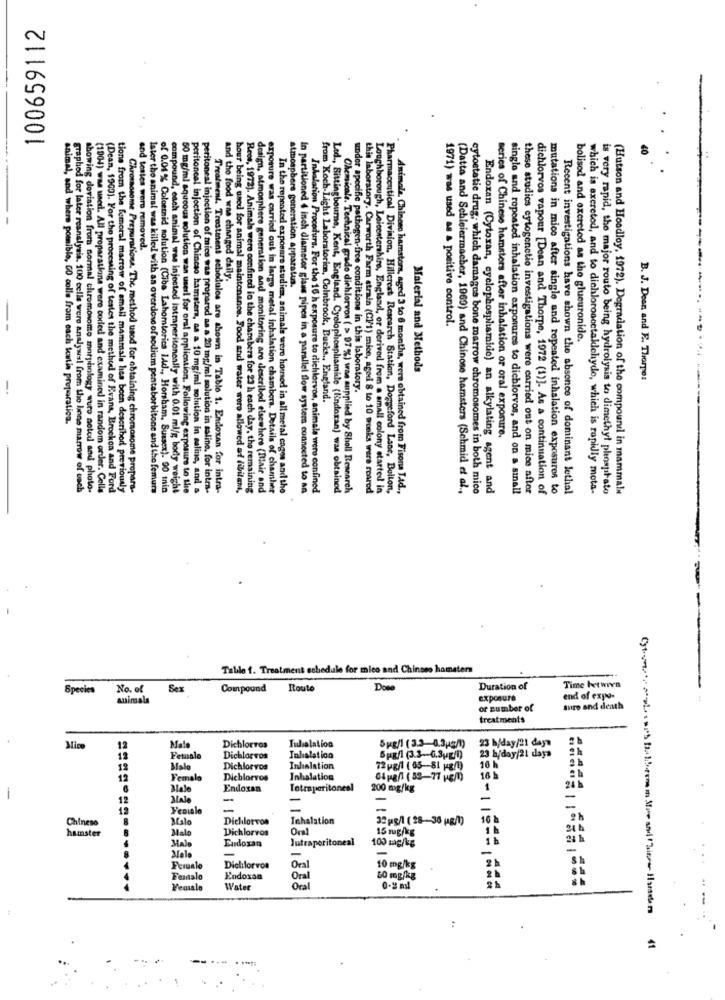
100659112
and testes were removed.
and the food wne changed daily.
atmosphere generation apparatur.
1971) was used as a positive control.
bolised and excreted as the glueuronide.
Material and Methods
B. J. Deen and E. Thorpe:
-
specific pathogen-free conditions in this laboratory.
from Koch-Light Laboratorime, Colnbrook, Bucks ., England.
animal, and where pommible, 00 colle from each totin properation.
series of Chinese hamsters after inhalation or oral exposure.
aphod for later reanalysis. 100 cells were analywal from the bone marrow of each
showing deviation from normal chromosome morphology wuro seted and photo-
(1004) was used. All proparatione were coded and examined in random order. Celle
(Dean, 1900). For the processing of testes the method of Evans, Brockon and Ford
tione from the femoral marrow of small mammala hes been described previously
Chromosome Preparations. The method used for obtaining chromosome propara-
later the animal was killed with an overdose of sodium pentaborbitone and the femur
of 0.04 % Coloemnid solution (Ciba Lahomtories l4d ., Horsham, Sussex). 90 inin
compound, each animal was injected intraperitoneally with 0.01 ml/g body weight
50 mg/ml aqueous solution wan user! for oral application. Following exposure to the
peritoneal injection of Chinese hamsters, as a 10 mg/ml solution in saline, and a
peritoneal injection of mice was proparod as a 20 mg/ml solution in saline, for intra-
Treatment. Trestment schedules are shown in Table 1. Endoxan for intra-
hour being used for animal maintenanos. Food and water woro allowed ad (ibilen,
Rece, 1972). Animals were confined in the chambers for 23 h each day, the remaining
design, atmosphere generation and monitoring are described elsewhere (Blair and
exposure was carried out in large metal inhalation chambers. Details of chamber
In the repeated exposure studien, animals were hoursod in all metal cages and the
In partitioned 4 inch diameter glass pipes in a parallel flow systems connected to an
Inhalation Procedurs. For the 16 h exposure to dichlorvos, animals were confined
Led ., Sittingbourne, Kent, England. Cyclophosphamide (lindoran) was obtained
Chemicals. Technical grado dichlorvos ( > 97 %) was supplied by Sholl Research
this laboratory. Carworth Farm strain (Cl/1) mice, aged 8 to 10 monks were reared
Loughborough, Leicestershire, England, or derived from a small colony started in
Pharmaceutical Division. Hillercat Research Station, Doggeford Lane, Bulion,
Animals, Chineeo hamstora, aged 3 to 6 months, were obtained from Fisona TAd .,
(Datta and Schleiermacher, 1969) and Chinose hamsters (Schmid et al .,
cytostatie drug, which damages bone marrow chromosomes in both mico
Endoxan (Cytoxan, cyclophosphamide) an alkylating agent and
single and ropeated inhalation exposures to dichlorvos, and on a sınall
these studios cytogenetio investigations were carried out on mice after
dichlorvos vapour [Dean and Thorpe, 1972 (1)]. As a continuation of
mutations in mico after single and repeated inhalation exposures to
Recent investigations have shown the absence of dominant lethal
which is excreted, and to dichloroscetaklehyde, which is rapidly mota-
is very rapid, the major routo being hydrolysis to dimethyl pleospitato
(Hutson and Hoodloy, 1972). Degradation of the compound in mammals
Talile 1. Treatment schedule for mico and Chinese hamsters
Species
No. of
Sex
Compound
Route
Dose
Duration of
Time between
animals
exposure
end of expo-
or number of
tro and death
treatments
Tulielation
Spg/l (3.3-0.3p/1)
23 h/day/21 days
Mim
12
Male
Dichlorros
12
Female
Dichlorvos
Inhalation
5pR/1 (3.3-0.3g/l)
16 h
23 h/day/21 days
12
Malo
Dichlorvos
Inhalation
72 pg/1 ( 05-81 ug/1)
12
Femalo
Dichlorvos
Inhalation
04 pgf (52-77 HEM)
16 h
Male
Endoxan
200 mg/kg
1
-
12
Male
-
-
-
12
Yeniale
-
-
Chinese
Malo
Dichlorvon
Inhalation
32 pg/l ( 28-36 (g/1)
10 h
9h
Male
Dichlorvos
15 mg/kg
1h
21 A
hamster
Male
Jutraperitoneal
100 mg/kg
21 h
Eudosan
-
-
Male
Fcrualo
Dichlorvon
Oral
10 mg/kg
Femalo
Endosan
Oral
50 mg/kg
Vemsale
Water
Oral
0.5 ml
=